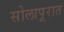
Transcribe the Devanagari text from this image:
सोलापूरात